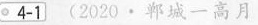
4-1 (2020 · 郸城一高月